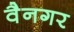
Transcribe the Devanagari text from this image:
वैनगर